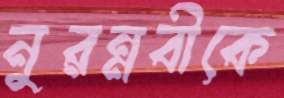
নুরন্নবীকে